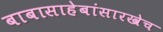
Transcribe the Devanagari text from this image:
बाबासाहेबांसारखेच